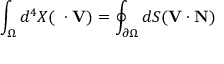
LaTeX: \int _ { \Omega } d ^ { 4 } X ( \mathbf { \partial } \cdot \mathbf { V } ) = \oint _ { \partial \Omega } d S ( \mathbf { V } \cdot \mathbf { N } )